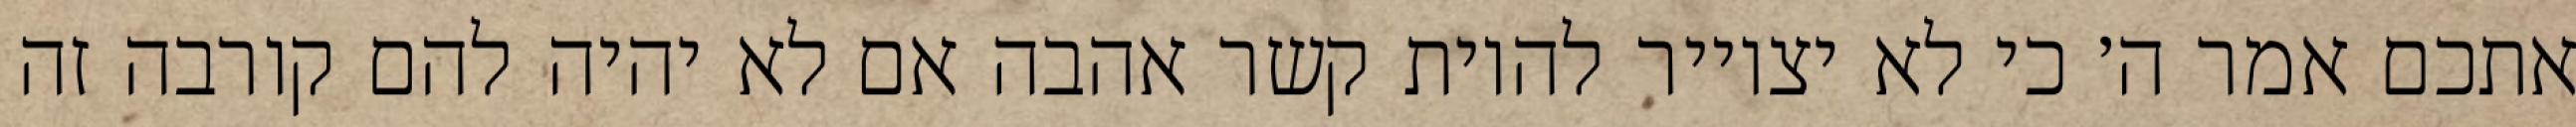
אתכם אמר ה׳ כי לא יצוייר להיות קשר אהבה אם לא יהיה להם קורבה זה